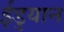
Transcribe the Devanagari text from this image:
ईडुयान